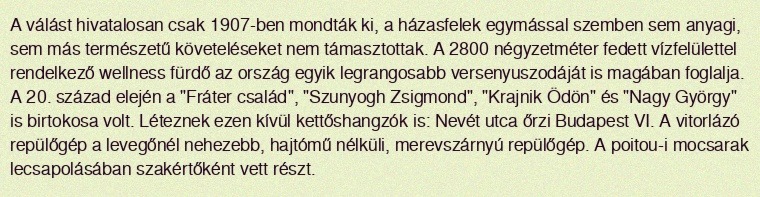
A válást hivatalosan csak 1907-ben mondták ki, a házasfelek egymással szemben sem anyagi, sem más természetű követeléseket nem támasztottak. A 2800 négyzetméter fedett vízfelülettel rendelkező wellness fürdő az ország egyik legrangosabb versenyuszodáját is magában foglalja. A 20. század elején a "Fráter család", "Szunyogh Zsigmond", "Krajnik Ödön" és "Nagy György" is birtokosa volt. Léteznek ezen kívül kettőshangzók is: Nevét utca őrzi Budapest VI. A vitorlázó repülőgép a levegőnél nehezebb, hajtómű nélküli, merevszárnyú repülőgép. A poitou-i mocsarak lecsapolásában szakértőként vett részt.